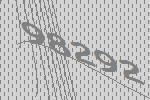
98292